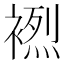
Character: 𲀼